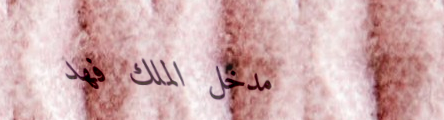
مدخل الملك فهد